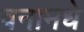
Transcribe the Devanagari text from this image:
वनामधे